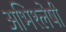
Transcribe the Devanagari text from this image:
अभिश्लेषी